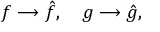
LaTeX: f \longrightarrow \hat { f } , \quad g \longrightarrow \hat { g } ,